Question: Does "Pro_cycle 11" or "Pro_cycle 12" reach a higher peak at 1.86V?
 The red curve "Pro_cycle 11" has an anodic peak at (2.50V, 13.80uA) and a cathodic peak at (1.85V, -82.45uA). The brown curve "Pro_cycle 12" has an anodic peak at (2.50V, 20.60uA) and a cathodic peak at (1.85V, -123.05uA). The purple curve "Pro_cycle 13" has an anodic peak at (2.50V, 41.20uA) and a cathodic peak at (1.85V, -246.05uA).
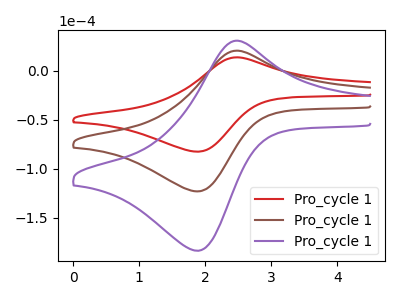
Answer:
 <answer>The peak at 1.86V is lower in "Pro_cycle 11" than in "Pro_cycle 12".</answer>
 <eval>lower</eval>